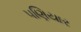
પણિયાર